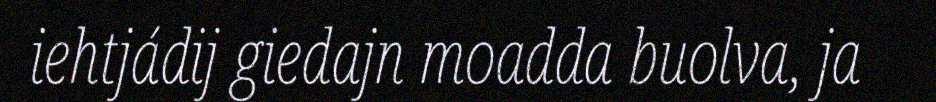
iehtjádij giedajn moadda buolva, ja